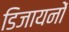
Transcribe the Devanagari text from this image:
डिजायनों